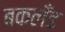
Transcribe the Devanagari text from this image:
बकलँड